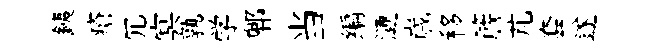
銕瘡冗㝠孰学郫当编漣𡻕移簷芃套遂